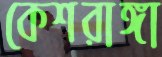
কেশরাঙ্গা